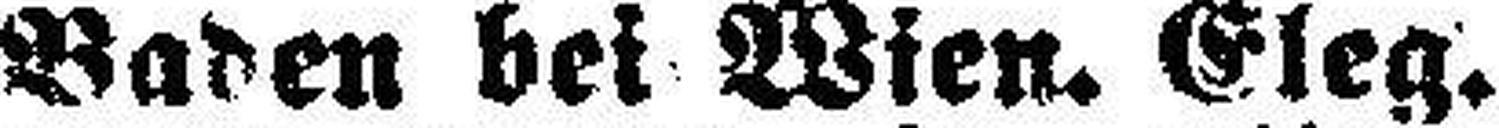
Baden bei Wien. Eleg.